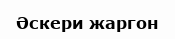
Әскери жаргон